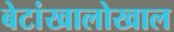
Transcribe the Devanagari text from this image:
बेटांखालोखाल